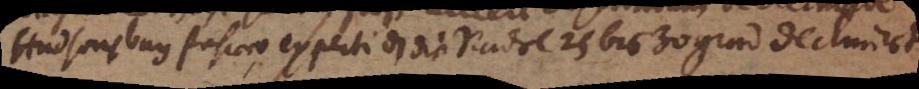
Hudsonsbay fahrer experti daß die Nadel 25 bis 30 grad declinirt